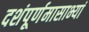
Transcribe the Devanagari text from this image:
दशंपूर्णमासाभ्यां